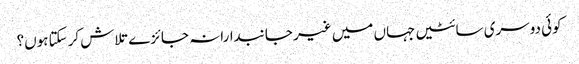
کوئی دوسری سائٹیں جہاں میں غیر جانبدارانہ جائزے تلاش کرسکتا ہوں؟